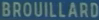
BROUILLARD